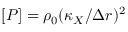
[ P ] = \rho _ { 0 } ( \kappa _ { X } / \Delta r ) ^ { 2 }